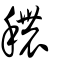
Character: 穠